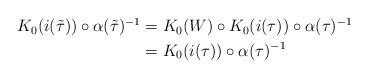
LaTeX: \begin{align*}\begin{aligned}K_0(i({\tilde \tau})) \circ \alpha({\tilde \tau})^{-1} &= K_0( W) \circ K_0(i(\tau)) \circ \alpha(\tau)^{-1} \\&= K_0(i(\tau)) \circ \alpha(\tau)^{-1}\end{aligned}\end{align*}